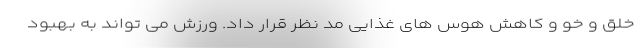
خلق و خو و کاهش هوس های غذایی مد نظر قرار داد. ورزش می تواند به بهبود